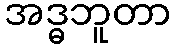
အဒ္ဓဘူတာ